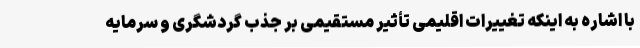
با اشاره به اینکه تغییرات اقلیمی تأثیر مستقیمی بر جذب گردشگری و سرمایه